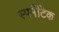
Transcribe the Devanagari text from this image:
स्पर्मेटिक